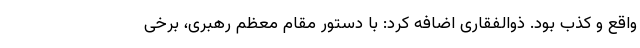
واقع و کذب بود. ذوالفقاری اضافه کرد: با دستور مقام معظم رهبری، برخی